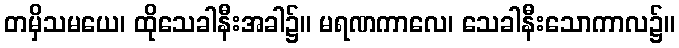
တမှိသမယေ၊ ထိုသေခါနီးအခါ၌။ မရဏကာလေ၊ သေခါနီးသောကာလ၌။